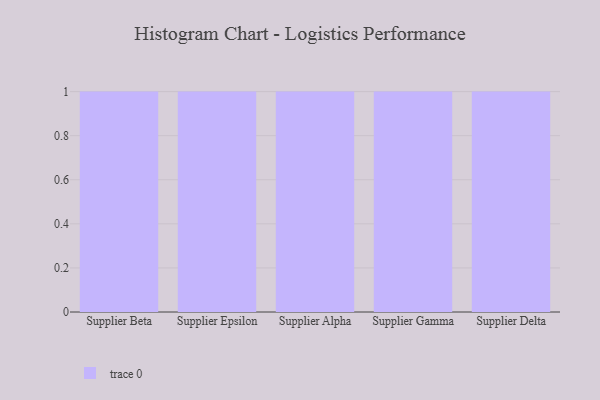
{"axis": {"x": "Supplier", "y": "Operating Costs (USD K)"}, "legend": [""], "data": [{"x": "Supplier Beta", "y": 93, "type": ""}, {"x": "Supplier Epsilon", "y": 38, "type": ""}, {"x": "Supplier Alpha", "y": 59, "type": ""}, {"x": "Supplier Gamma", "y": 9, "type": ""}, {"x": "Supplier Delta", "y": 67, "type": ""}]}